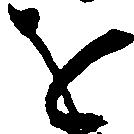
を